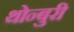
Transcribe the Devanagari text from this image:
थोन्बुरी